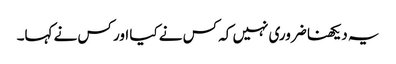
یہ دیکھنا ضروری نہیں کہ کس نے کیا اور کس نے کہا۔